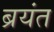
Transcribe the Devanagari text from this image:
ब्रयंत